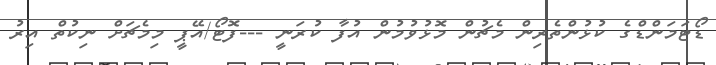
ޑޯޓަމަންޑްގެ ކުޅުންތެރިން މެޗުން މޮޅުވުމުން އުފާ ކުރަނީ ---ފޮޓޯ/އޭޕީ މިމެޗަށް ނިކުތް އިރު